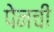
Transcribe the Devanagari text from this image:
पेनची